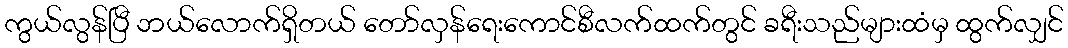
ကွယ်လွန်ပြီ ဘယ်လောက်ရှိတယ် တော်လှန်ရေးကောင်စီလက်ထက်တွင် ခရီးသည်များထံမှ ထွက်လျှင်